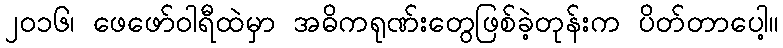
၂၀၁၆၊ ဖေဖော်ဝါရီထဲမှာ အဓိကရုဏ်းတွေဖြစ်ခဲ့တုန်းက ပိတ်တာပေါ့။